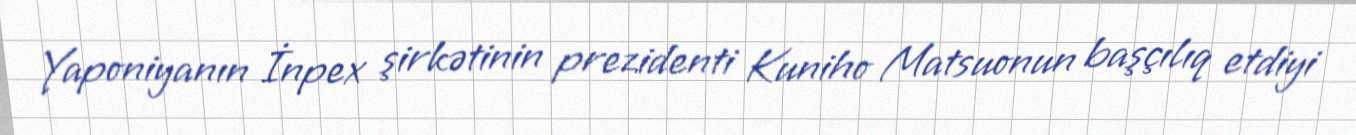
Yaponiyanın İnpex şirkətinin prezidenti Kuniho Matsuonun başçılıq etdiyi